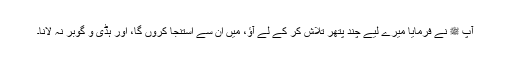
آپ ﷺ نے فرمایا میرے لیے چند پتھر تلاش کر کے لے آؤ، میں ان سے استنجا کروں گا، اور ہڈی و گوبر نہ لانا۔